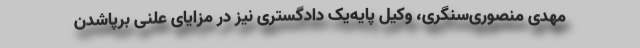
مهدی منصوری‌سنگری، وکیل پایه‌یک دادگستری نیز در مزایای علنی برپا‌شدن